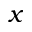
x